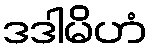
ဒဒါမိဟံ